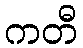
ကတီ